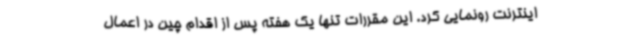
اینترنت رونمایی کرد. این مقررات تنها یک هفته پس از اقدام چین در اعمال